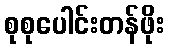
စုစုပေါင်းတန်ဖိုး